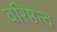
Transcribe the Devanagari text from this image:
वरिष्ठत्व